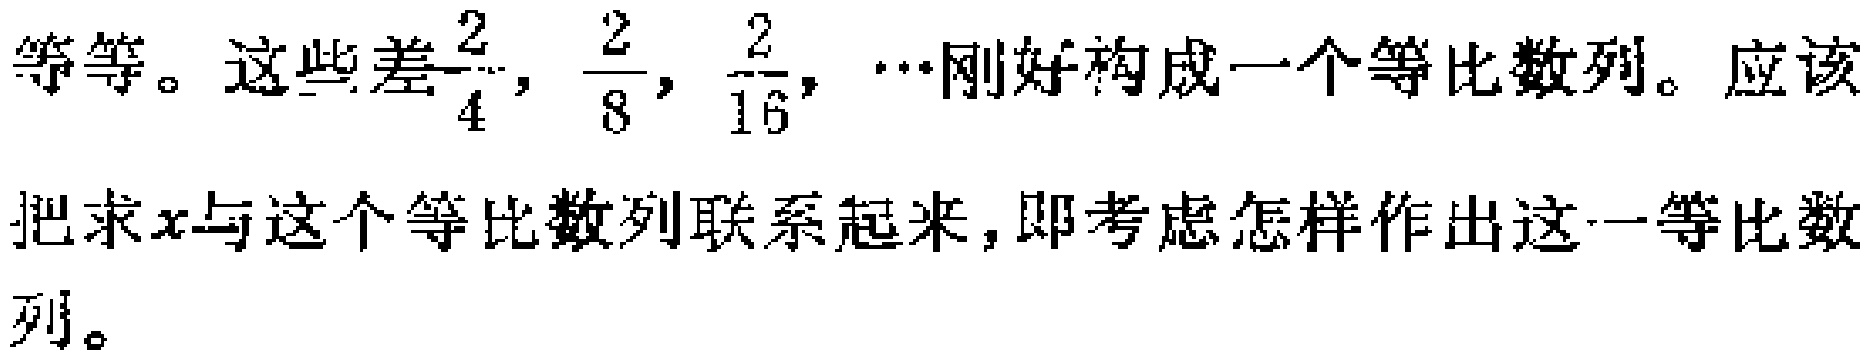
等等。这些差$\frac{2}{4},\frac{2}{8},\frac{2}{16},\cdots$刚好构成一个等比数列。应该把求$x$与这个等比数列联系起来，即考虑怎样作出这一等比数列。